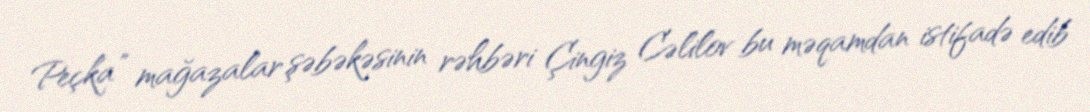
Peçka” mağazalar şəbəkəsinin rəhbəri Çingiz Cəlilov bu məqamdan istifadə edib